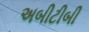
અબીટીબી